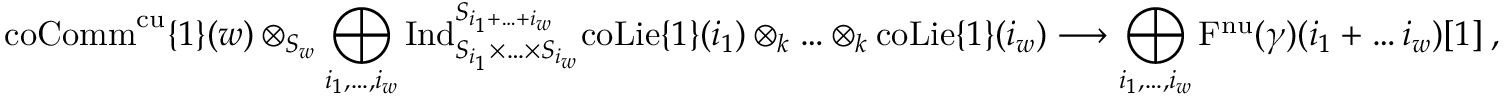
\mathrm { c o C o m m } ^ { \mathrm { c u } } \{ 1 \} ( w ) \otimes _ { S _ { w } } \bigoplus _ { i _ { 1 } , \ldots , i _ { w } } \mathrm { I n d } _ { S _ { i _ { 1 } } \times \ldots \times S _ { i _ { w } } } ^ { S _ { i _ { 1 } + \ldots + i _ { w } } } \mathrm { c o L i e } \{ 1 \} ( i _ { 1 } ) \otimes _ { k } \ldots \otimes _ { k } \mathrm { c o L i e } \{ 1 \} ( i _ { w } ) \longrightarrow \bigoplus _ { i _ { 1 } , \ldots , i _ { w } } \mathrm { F } ^ { \mathrm { n u } } ( \gamma ) ( i _ { 1 } + \ldots i _ { w } ) [ 1 ] \: ,